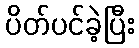
ပိတ်ပင်ခဲ့ပြီး